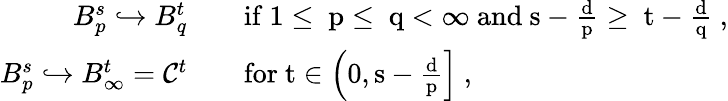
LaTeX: \begin{array}{rl}{B_{p}^{s}\hookrightarrow B_{q}^{t}}&{\quad\mathrm{if~1\le~p\le~q<\infty~and~s-\frac{d}{p}\ge~t-\frac{d}{q}~},}\\ {B_{p}^{s}\hookrightarrow B_{\infty}^{t}=\mathcal{C}^{t}}&{\quad\mathrm{for~t\in\left(0,s-\frac{d}{p}\right]~,}}\end{array}